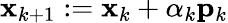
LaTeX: \mathbf{x}_{k+1}:=\mathbf{x}_{k}+\alpha_{k}\mathbf{p}_{k}